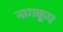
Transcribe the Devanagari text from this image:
नागकूप